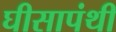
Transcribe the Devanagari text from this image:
घीसापंथी